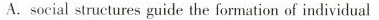
A. social structures guide the formation of individual